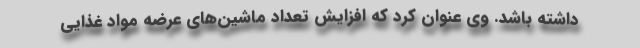
داشته باشد. وی عنوان کرد که افزایش تعداد ماشین‌های عرضه مواد غذایی